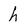
Character: h